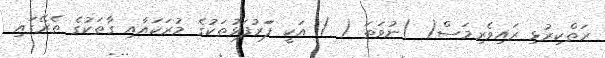
ރަތްކިރުޅި ރައިވެރިމަސް( )ނުވަތަ ( ) އަކީ ފަަރުފަޅުތަކުގެ މުރަކައާއި ގާތަކުގެ ތެރޭގައި